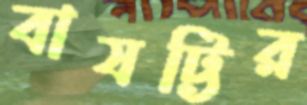
বাষট্টির